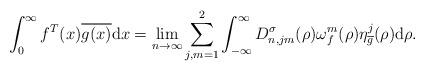
LaTeX: \begin{align*}\displaystyle{\int_0^\infty f^T(x)\overline{g(x)}{\rm d}x=\lim_{n\rightarrow\infty}\sum_{j,m=1}^{2}\int_{-\infty}^{\infty}D_{n,jm}^\sigma(\rho)\omega_f^{m}(\rho)\eta_{\overline{g}}^j(\rho){\rm d}\rho}.\end{align*}